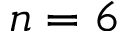
n = 6